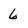
Character: 6